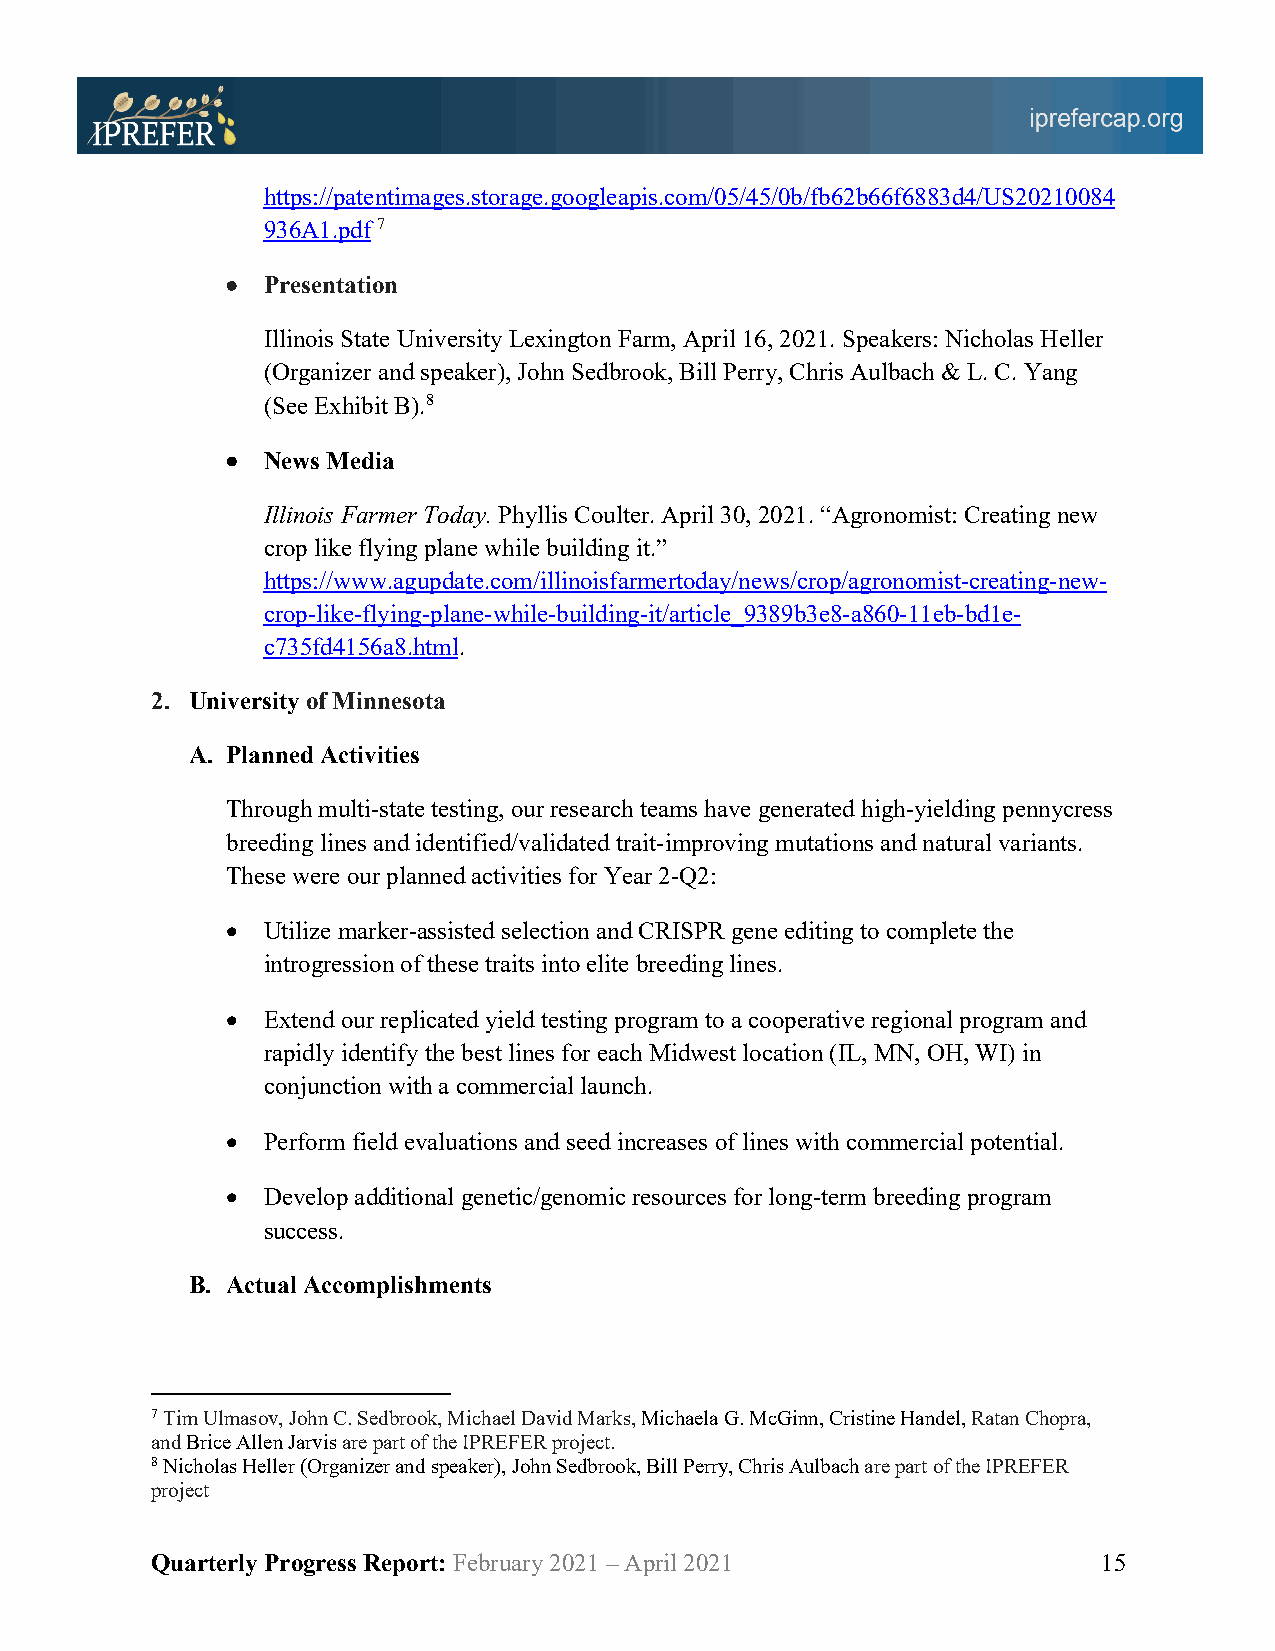
https://patentimages.storage.googleapis.com/05/45/0b/fb62b66f6883d4/US20210084
 936A1.pdf 7
 • Presentation
 Illinois State University Lexington Farm, April 16, 2021. Speakers: Nicholas Heller
 (Organizer and speaker), John Sedbrook, Bill Perry, Chris Aulbach & L. C. Yang
 (See Exhibit B).8
 • News Media
 Illinois Farmer Today. Phyllis Coulter. April 30, 2021. “Agronomist: Creating new
 crop like flying plane while building it.”
 https://www.agupdate.com/illinoisfarmertoday/news/crop/agronomist-creating-new-
 crop-like-flying-plane-while-building-it/article_9389b3e8-a860-11eb-bd1e-
 c735fd4156a8.html.
 2. University of Minnesota
 A. Planned Activities
 Through multi-state testing, our research teams have generated high-yielding pennycress
 breeding lines and identified/validated trait-improving mutations and natural variants.
 These were our planned activities for Year 2-Q2:
 • Utilize marker-assisted selection and CRISPR gene editing to complete the
 introgression of these traits into elite breeding lines.
 • Extend our replicated yield testing program to a cooperative regional program and
 rapidly identify the best lines for each Midwest location (IL, MN, OH, WI) in
 conjunction with a commercial launch.
 • Perform field evaluations and seed increases of lines with commercial potential.
 • Develop additional genetic/genomic resources for long-term breeding program
 success.
 B. Actual Accomplishments
 7 Tim Ulmasov, John C. Sedbrook, Michael David Marks, Michaela G. McGinn, Cristine Handel, Ratan Chopra,
 and Brice Allen Jarvis are part of the IPREFER project.
 8 Nicholas Heller (Organizer and speaker), John Sedbrook, Bill Perry, Chris Aulbach are part of the IPREFER
 project
 Quarterly Progress Report: February 2021 – April 2021          15